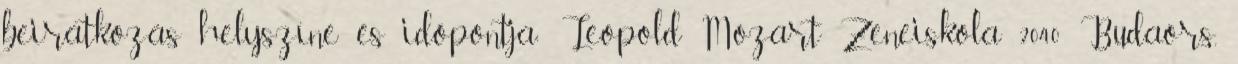
beiratkozás helyszíne és időpontja: Leopold Mozart Zeneiskola 2040 Budaörs,